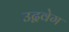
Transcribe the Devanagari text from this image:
उद्ववेग